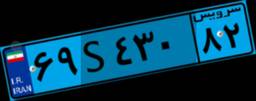
۶۹S۴۳۰۸۲